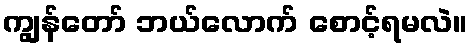
ကျွန်တော် ဘယ်လောက် စောင့်ရမလဲ။